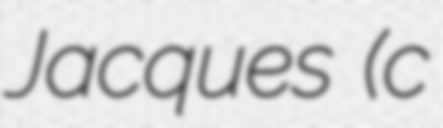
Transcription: Jacques (c